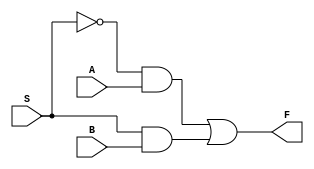
//OR Gate using 2x1 Multiplexer
module OR_GATE (
input A, B, S,
output F  );
wire S1, W1, W2;
not n1(S1, S);
and a1(W1, S1, A);
and a2(W2, S, B);//SET B = 1
or o1(F, W1, W2);
endmodule